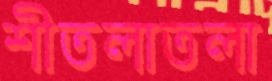
শীতলাতলা